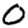
Digit: 0